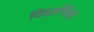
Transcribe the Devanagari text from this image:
विद्यार्थियों